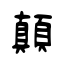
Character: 顛